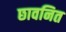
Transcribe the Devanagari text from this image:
छावनित